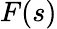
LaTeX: F(s)